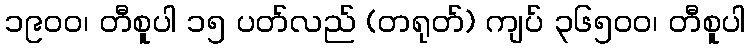
၁၉၀ဝ၊ တီစူပါ ၁၅ ပတ်လည် (တရုတ်) ကျပ် ၃၆၅၀ဝ၊ တီစူပါ